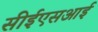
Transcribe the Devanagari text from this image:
सीईएसआई